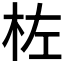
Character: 𪱺